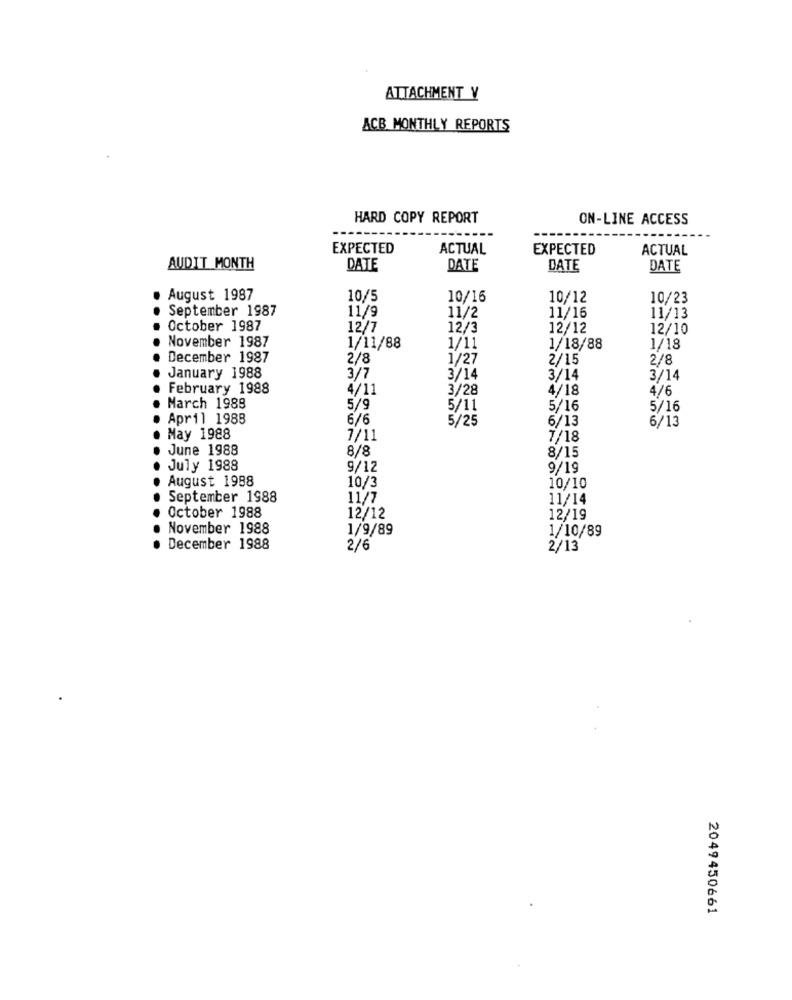
ATTACHMENT Y
ACB MONTHLY REPORTS
HARD COPY REPORT
ON-LINE ACCESS
EXPECTED
ACTUAL
EXPECTED
ACTUAL
AUDIT MONTH
DATE
DATE
DATE
DATE
August 1987
10/5
10/16
10/12
10/23
September 1987
11/9
11/2
11/16
11/13
October 1987
12/7
12/3
12/12
12/10
November 1987
1/11/88
1/11
1/18/88
1/18
December 1987
2/8
1/27
2/15
2/8
January 1988
3/7
3/14
3/14
3/14
February 1988
4/11
3/28
4/18
4/6
March 1988
5/9
5/11
5/16
5/16
April 1988
6/6
5/25
6/13
6/13
May 1988
7/11
7/18
June 1988
8/8
8/15
July 1988
9/12
9/19
August 1988
10/3
10/10
September 1988
11/7
11/14
October 1988
12/12
12/19
November 1988
1/9/89
1/10/89
December 1988
2/6
2/13
2049450661